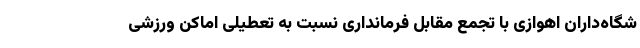
شگاه‌داران اهوازی با تجمع مقابل فرمانداری نسبت به تعطیلی اماکن ورزشی